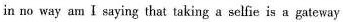
in no way am I saying that taking a selfie is a gateway